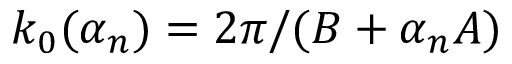
k _ { 0 } ( \alpha _ { n } ) = 2 \pi / ( B + \alpha _ { n } A )